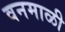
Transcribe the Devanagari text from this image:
वनमाळी